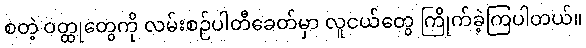
စတဲ့ ဝတ္ထုတွေကို လမ်းစဉ်ပါတီခေတ်မှာ လူငယ်တွေ ကြိုက်ခဲ့ကြပါတယ်။